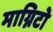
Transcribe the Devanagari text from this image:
माग्निटो